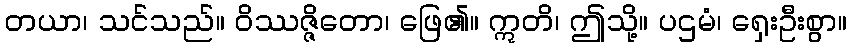
တယာ၊ သင်သည်။ ဝိဿဇ္ဇိတော၊ ဖြေ၏။ ဣတိ၊ ဤသို့။ ပဌမံ၊ ရှေးဦးစွာ။